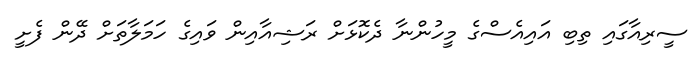
ސީރިއާގައި ތިބި އައިއެސްގެ މީހުންނާ ދެކޮޅަށް ރަޝިއާއިން ވައިގެ ހަމަލާތަށް ދޭން ފެށީ